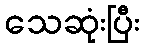
သေဆုံးပြီး